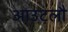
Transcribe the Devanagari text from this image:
आउटलौ